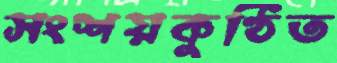
সংশয়কুণ্ঠিত